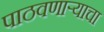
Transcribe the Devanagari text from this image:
पाठवणाऱ्याचा